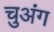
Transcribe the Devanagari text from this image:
चुअंग